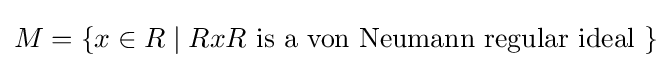
M=\{x\in R\mid RxR{\text{ is a von Neumann regular ideal }}\}